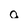
Character: a